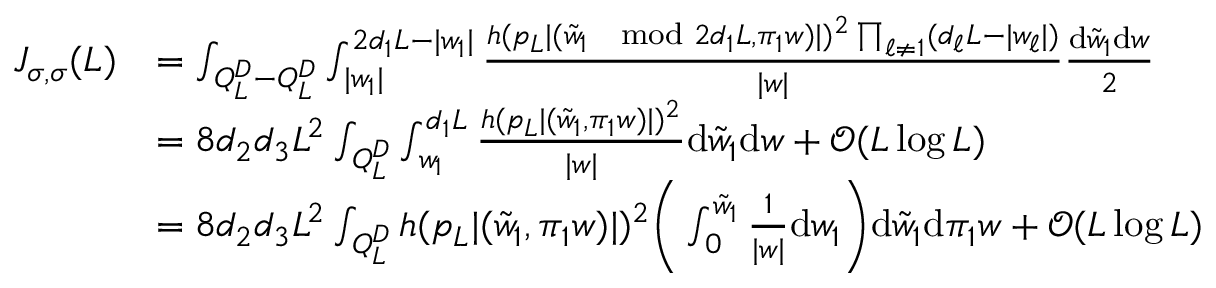
\begin{array} { r l } { J _ { \sigma , \sigma } ( L ) } & { = \int _ { Q _ { L } ^ { D } - Q _ { L } ^ { D } } \int _ { | w _ { 1 } | } ^ { 2 d _ { 1 } L - | w _ { 1 } | } \frac { h ( p _ { L } | ( \tilde { w } _ { 1 } \mod 2 d _ { 1 } L , \pi _ { 1 } w ) | ) ^ { 2 } \prod _ { \ell \neq 1 } ( d _ { \ell } L - | w _ { \ell } | ) } { | w | } \frac { \mathrm { d } \tilde { w } _ { 1 } \mathrm { d } w } { 2 } } \\ & { = 8 d _ { 2 } d _ { 3 } L ^ { 2 } \int _ { Q _ { L } ^ { D } } \int _ { w _ { 1 } } ^ { d _ { 1 } L } \frac { h ( p _ { L } | ( \tilde { w } _ { 1 } , \pi _ { 1 } w ) | ) ^ { 2 } } { | w | } \mathrm { d } \tilde { w } _ { 1 } \mathrm { d } w + \mathcal { O } ( L \log L ) } \\ & { = 8 d _ { 2 } d _ { 3 } L ^ { 2 } \int _ { Q _ { L } ^ { D } } h ( p _ { L } | ( \tilde { w } _ { 1 } , \pi _ { 1 } w ) | ) ^ { 2 } \biggr ( \int _ { 0 } ^ { \tilde { w } _ { 1 } } \frac { 1 } { | w | } \mathrm { d } w _ { 1 } \biggr ) \mathrm { d } \tilde { w } _ { 1 } \mathrm { d } \pi _ { 1 } w + \mathcal { O } ( L \log L ) } \end{array}